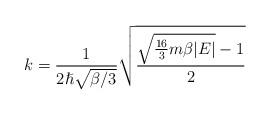
LaTeX: \begin{align*}k=\frac{1}{2\hslash \sqrt{\beta /3}}\sqrt{\frac{\sqrt{\frac{16}{3}m\beta |E|}-1}{2}}\end{align*}